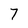
Character: 7